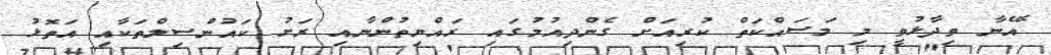
ެއޭނާ ވިދާޅުވީ މި މަސައްކަތް ކުރިއަށް ގެންދިއުމުގައި ރައްޔިތުންނާއި ރަށު ކައުންސިލްތަކާއި އަތޮޅު